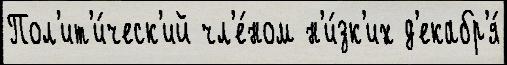
Пол'ит'и́ческ'ий чл'е́ном н'и́зк'их д'екабр'я́